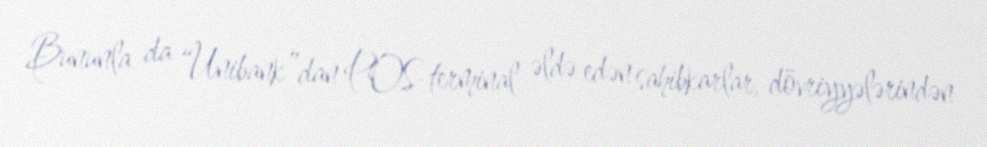
Bununla da “Unibank”dan POS-terminal əldə edən sahibkarlar, dövriyyələrindən